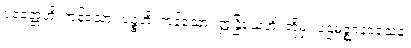
ပဝတ္တေဟိ၊ ကုန်သော။ ပဉ္စဟိ၊ ကုန်သော။ ဣန္ဒြိယေဟိ၊ တို့မှ။ ပဌမဇ္ဈာနဝသေန၊